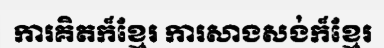
ការគិតក៏ខ្មែរ ការសាងសង់ក៏ខ្មែរ